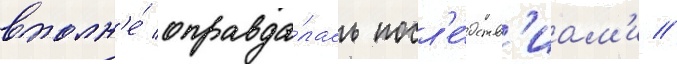
вполн'е́ оправда́лась посл'е́дств'иам'и //